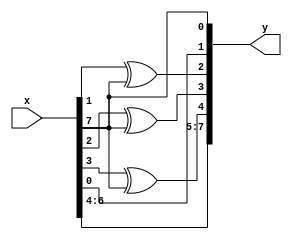
//matlabGF(2^8)^15...^0
//
//
//
//

// a0=2
module rsdec_syn_m0 (y, x);
	input  [7:0] x;
	output [7:0] y;
	reg    [7:0] y;
	always @ (x)
	begin
	   y[0] = x[7];
	   y[1] = x[0];
	   y[2] = x[1] ^ x[7];
	   y[3] = x[2] ^ x[7];
	   y[4] = x[3] ^ x[7];
	   y[5] = x[4];
	   y[6] = x[5];
	   y[7] = x[6];
	end
endmodule

// a1 = 4
module rsdec_syn_m1 (y, x);
	input  [7:0] x;
	output [7:0] y;
	reg    [7:0] y;
	always @ (x)
	begin
	   y[0] = x[6];
	   y[1] = x[7];
	   y[2] = x[0] ^ x[6];
	   y[3] = x[1] ^ x[6] ^ x[7];
	   y[4] = x[2] ^ x[6] ^ x[7];
	   y[5] = x[3] ^ x[7];
	   y[6] = x[4];
	   y[7] = x[5];
	end
endmodule

// a2 = 8
module rsdec_syn_m2 (y, x);
	input  [7:0] x;
	output [7:0] y;
	reg    [7:0] y;
	always @ (x)
	begin
	   y[0] = x[5];
	   y[1] = x[6];
	   y[2] = x[5] ^ x[7];
	   y[3] = x[0] ^ x[5] ^ x[6];
	   y[4] = x[1] ^ x[5] ^ x[6] ^ x[7];
	   y[5] = x[2] ^ x[6] ^ x[7];
	   y[6] = x[3] ^ x[7];
	   y[7] = x[4];
	end
endmodule

// a3 = 16 
module rsdec_syn_m3 (y, x);
	input  [7:0] x;
	output [7:0] y;
	reg    [7:0] y;
	always @ (x)
	begin
	   y[0] = x[4];
	   y[1] = x[5];
	   y[2] = x[4] ^ x[6];
	   y[3] = x[4] ^ x[5] ^ x[7];
	   y[4] = x[0] ^ x[4] ^ x[5] ^ x[6];
	   y[5] = x[1] ^ x[5] ^ x[6] ^ x[7];
	   y[6] = x[2] ^ x[6] ^ x[7];
	   y[7] = x[3] ^ x[7];
	end
endmodule

// a4 = 32
module rsdec_syn_m4 (y, x);
	input  [7:0] x;
	output [7:0] y;
	reg    [7:0] y;
	always @ (x)
	begin
	   y[0] = x[3] ^ x[7];
	   y[1] = x[4];
	   y[2] = x[3] ^ x[5] ^ x[7];
	   y[3] = x[3] ^ x[4] ^ x[6] ^ x[7];
	   y[4] = x[3] ^ x[4] ^ x[5];
	   y[5] = x[0] ^ x[4] ^ x[5] ^ x[6];
	   y[6] = x[1] ^ x[5] ^ x[6] ^ x[7];
	   y[7] = x[2] ^ x[6] ^ x[7];
	end
endmodule

// a5 = 64
module rsdec_syn_m5 (y, x);
	input  [7:0] x;
	output [7:0] y;
	reg    [7:0] y;
	always @ (x)
	begin
	   y[0] = x[2] ^ x[6] ^ x[7];
	   y[1] = x[3] ^ x[7];
	   y[2] = x[2] ^ x[4] ^ x[6] ^ x[7];
	   y[3] = x[2] ^ x[3] ^ x[5] ^ x[6];
	   y[4] = x[2] ^ x[3] ^ x[4];
	   y[5] = x[3] ^ x[4] ^ x[5];
	   y[6] = x[0] ^ x[4] ^ x[5] ^ x[6];
	   y[7] = x[1] ^ x[5] ^ x[6] ^ x[7];
	end
endmodule

// a6 = 128
module rsdec_syn_m6 (y, x);
	input  [7:0] x;
	output [7:0] y;
	reg    [7:0] y;
	always @ (x)
	begin
	   y[0] = x[1] ^ x[5] ^ x[6] ^ x[7];
	   y[1] = x[2] ^ x[6] ^ x[7];
	   y[2] = x[1] ^ x[3] ^ x[5] ^ x[6];
	   y[3] = x[1] ^ x[2] ^ x[4] ^ x[5];
	   y[4] = x[1] ^ x[2] ^ x[3] ^ x[7];
	   y[5] = x[2] ^ x[3] ^ x[4];
	   y[6] = x[3] ^ x[4] ^ x[5];
	   y[7] = x[0] ^ x[4] ^ x[5] ^ x[6];
	end
endmodule

// a7 = 29
module rsdec_syn_m7 (y, x);
	input  [7:0] x;
	output [7:0] y;
	reg    [7:0] y;
	always @ (x)
	begin
	   y[0] = x[0] ^ x[4] ^ x[5] ^ x[6];
	   y[1] = x[1] ^ x[5] ^ x[6] ^ x[7];
	   y[2] = x[0] ^ x[2] ^ x[4] ^ x[5] ^ x[7];
	   y[3] = x[0] ^ x[1] ^ x[3] ^ x[4];
	   y[4] = x[0] ^ x[1] ^ x[2] ^ x[6];
	   y[5] = x[1] ^ x[2] ^ x[3] ^ x[7];
	   y[6] = x[2] ^ x[3] ^ x[4];
	   y[7] = x[3] ^ x[4] ^ x[5];
	end
endmodule

// a8 = 58 
module rsdec_syn_m8 (y, x);
	input  [7:0] x;
	output [7:0] y;
	reg    [7:0] y;
	always @ (x)
	begin
	   y[0] = x[3] ^ x[4] ^ x[5];
	   y[1] = x[0] ^ x[4] ^ x[5] ^ x[6];
	   y[2] = x[1] ^ x[3] ^ x[4] ^ x[6] ^ x[7];
	   y[3] = x[0] ^ x[2] ^ x[3] ^ x[7];
	   y[4] = x[0] ^ x[1] ^ x[5];
	   y[5] = x[0] ^ x[1] ^ x[2] ^ x[6];
	   y[6] = x[1] ^ x[2] ^ x[3] ^ x[7];
	   y[7] = x[2] ^ x[3] ^ x[4];
	end
endmodule

// a9 = 
module rsdec_syn_m9 (y, x);
	input  [7:0] x;
	output [7:0] y;
	reg    [7:0] y;
	always @ (x)
	begin
	   y[0] = x[2] ^ x[3] ^ x[4];
	   y[1] = x[3] ^ x[4] ^ x[5];
	   y[2] = x[0] ^ x[2] ^ x[3] ^ x[5] ^ x[6];
	   y[3] = x[1] ^ x[2] ^ x[6] ^ x[7];
	   y[4] = x[0] ^ x[4] ^ x[7];
	   y[5] = x[0] ^ x[1] ^ x[5];
	   y[6] = x[0] ^ x[1] ^ x[2] ^ x[6];
	   y[7] = x[1] ^ x[2] ^ x[3] ^ x[7];
	end
endmodule

// a10 = 232
module rsdec_syn_m10 (y, x);
	input  [7:0] x;
	output [7:0] y;
	reg    [7:0] y;
	always @ (x)
	begin
	   y[0] = x[1] ^ x[2] ^ x[3] ^ x[7];
	   y[1] = x[2] ^ x[3] ^ x[4];
	   y[2] = x[1] ^ x[2] ^ x[4] ^ x[5] ^ x[7];
	   y[3] = x[0] ^ x[1] ^ x[5] ^ x[6] ^ x[7];
	   y[4] = x[3] ^ x[6];
	   y[5] = x[0] ^ x[4] ^ x[7];
	   y[6] = x[0] ^ x[1] ^ x[5];
	   y[7] = x[0] ^ x[1] ^ x[2] ^ x[6];
	end
endmodule

// a11 = 54
module rsdec_syn_m11 (y, x);
	input  [7:0] x;
	output [7:0] y;
	reg    [7:0] y;
	always @ (x)
	begin
	   y[0] = x[0] ^ x[1] ^ x[2] ^ x[6];
	   y[1] = x[1] ^ x[2] ^ x[3] ^ x[7];
	   y[2] = x[0] ^ x[1] ^ x[3] ^ x[4] ^ x[6];
	   y[3] = x[0] ^ x[4] ^ x[5] ^ x[6] ^ x[7];
	   y[4] = x[2] ^ x[5] ^ x[7];
	   y[5] = x[3] ^ x[6];
	   y[6] = x[0] ^ x[4] ^ x[7];
	   y[7] = x[0] ^ x[1] ^ x[5];
	end
endmodule

// a12 = 135
module rsdec_syn_m12 (y, x);
	input  [7:0] x;
	output [7:0] y;
	reg    [7:0] y;
	always @ (x)
	begin
	   y[0] = x[0] ^ x[1] ^ x[5];
	   y[1] = x[0] ^ x[1] ^ x[2] ^ x[6];
	   y[2] = x[0] ^ x[2] ^ x[3] ^ x[5] ^ x[7];
	   y[3] = x[3] ^ x[4] ^ x[5] ^ x[6];
	   y[4] = x[1] ^ x[4] ^ x[6] ^ x[7];
	   y[5] = x[2] ^ x[5] ^ x[7];
	   y[6] = x[3] ^ x[6];
	   y[7] = x[0] ^ x[4] ^ x[7];
	end
endmodule

// a13 = 19
module rsdec_syn_m13 (y, x);
	input  [7:0] x;
	output [7:0] y;
	reg    [7:0] y;
	always @ (x)
	begin
	   y[0] = x[0] ^ x[4] ^ x[7];
	   y[1] = x[0] ^ x[1] ^ x[5];
	   y[2] = x[1] ^ x[2] ^ x[4] ^ x[6] ^ x[7];
	   y[3] = x[2] ^ x[3] ^ x[4] ^ x[5];
	   y[4] = x[0] ^ x[3] ^ x[5] ^ x[6] ^ x[7];
	   y[5] = x[1] ^ x[4] ^ x[6] ^ x[7];
	   y[6] = x[2] ^ x[5] ^ x[7];
	   y[7] = x[3] ^ x[6];
	end
endmodule

// a14 = 38 
module rsdec_syn_m14 (y, x);
	input  [7:0] x;
	output [7:0] y;
	reg    [7:0] y;
	always @ (x)
	begin
	   y[0] = x[3] ^ x[6];
	   y[1] = x[0] ^ x[4] ^ x[7];
	   y[2] = x[0] ^ x[1] ^ x[3] ^ x[5] ^ x[6];
	   y[3] = x[1] ^ x[2] ^ x[3] ^ x[4] ^ x[7];
	   y[4] = x[2] ^ x[4] ^ x[5] ^ x[6];
	   y[5] = x[0] ^ x[3] ^ x[5] ^ x[6] ^ x[7];
	   y[6] = x[1] ^ x[4] ^ x[6] ^ x[7];
	   y[7] = x[2] ^ x[5] ^ x[7];
	end
endmodule

// a15 = 76
module rsdec_syn_m15 (y, x);
	input  [7:0] x;
	output [7:0] y;
	reg    [7:0] y;
	always @ (x)
	begin
	   y[0] = x[2] ^ x[5] ^ x[7];
	   y[1] = x[3] ^ x[6];
	   y[2] = x[0] ^ x[2] ^ x[4] ^ x[5];
	   y[3] = x[0] ^ x[1] ^ x[2] ^ x[3] ^ x[6] ^ x[7];
	   y[4] = x[1] ^ x[3] ^ x[4] ^ x[5];
	   y[5] = x[2] ^ x[4] ^ x[5] ^ x[6];
	   y[6] = x[0] ^ x[3] ^ x[5] ^ x[6] ^ x[7];
	   y[7] = x[1] ^ x[4] ^ x[6] ^ x[7];	
	   end
endmodule





module rsdec_syn(y0, y1, y2,  y3,  y4,  y5,  y6,  y7, 
				 y8, y9, y10, y11, y12, y13, y14, y15, 
				 u,  enable,  shift,   init, clk, clrn);
output [7:0] y0;
output [7:0] y1;
output [7:0] y2;
output [7:0] y3;
output [7:0] y4;
output [7:0] y5;
output [7:0] y6;
output [7:0] y7;
output [7:0] y8;
output [7:0] y9;
output [7:0] y10;
output [7:0] y11;
output [7:0] y12;
output [7:0] y13;
output [7:0] y14;
output [7:0] y15;
input  [7:0] u;
input clk, clrn, shift, init, enable;


reg [7:0] y0;
reg [7:0] y1;
reg [7:0] y2;
reg [7:0] y3;
reg [7:0] y4;
reg [7:0] y5;
reg [7:0] y6;
reg [7:0] y7;
reg [7:0] y8;
reg [7:0] y9;
reg [7:0] y10;
reg [7:0] y11;
reg [7:0] y12;
reg [7:0] y13;
reg [7:0] y14;
reg [7:0] y15;

//
wire [7:0] scale0;
wire [7:0] scale1;
wire [7:0] scale2;
wire [7:0] scale3;
wire [7:0] scale4;
wire [7:0] scale5;
wire [7:0] scale6;
wire [7:0] scale7;
wire [7:0] scale8;
wire [7:0] scale9;
wire [7:0] scale10;
wire [7:0] scale11;
wire [7:0] scale12;
wire [7:0] scale13;
wire [7:0] scale14;
wire [7:0] scale15;

rsdec_syn_m0 m0 (scale0, y0);
rsdec_syn_m1 m1 (scale1, y1);
rsdec_syn_m2 m2 (scale2, y2);
rsdec_syn_m3 m3 (scale3, y3);
rsdec_syn_m4 m4 (scale4, y4);
rsdec_syn_m5 m5 (scale5, y5);
rsdec_syn_m6 m6 (scale6, y6);
rsdec_syn_m7 m7 (scale7, y7);
rsdec_syn_m8 m8 (scale8, y8);
rsdec_syn_m9 m9 (scale9, y9);
rsdec_syn_m10 m10 (scale10, y10);
rsdec_syn_m11 m11 (scale11, y11);
rsdec_syn_m12 m12 (scale12, y12);
rsdec_syn_m13 m13 (scale13, y13);
rsdec_syn_m14 m14 (scale14, y14);
rsdec_syn_m15 m15 (scale15, y15);

	// main code here...
always @ (posedge clk or negedge clrn)
begin
	if (~clrn)
	begin
		y0 <= 0;
		y1 <= 0;
		y2 <= 0;
		y3 <= 0;
		y4 <= 0;
		y5 <= 0;
		y6 <= 0;
		y7 <= 0;
		y8 <= 0;
		y9 <= 0;
		y10 <= 0;
		y11 <= 0;
		y12 <= 0;
		y13 <= 0;
		y14 <= 0;
		y15 <= 0;
	end
	else if (init)
	begin
		y0 <= u;
		y1 <= u;
		y2 <= u;
		y3 <= u;
		y4 <= u;
		y5 <= u;
		y6 <= u;
		y7 <= u;
		y8 <= u;
		y9 <= u;
		y10 <= u;
		y11 <= u;
		y12 <= u;
		y13 <= u;
		y14 <= u;
		y15 <= u;
	end
	else if (enable)
	begin
		y0 <= scale0 ^ u;
		y1 <= scale1 ^ u;
		y2 <= scale2 ^ u;
		y3 <= scale3 ^ u;
		y4 <= scale4 ^ u;
		y5 <= scale5 ^ u;
		y6 <= scale6 ^ u;
		y7 <= scale7 ^ u;
		y8 <= scale8 ^ u;
		y9 <= scale9 ^ u;
		y10 <= scale10 ^ u;
		y11 <= scale11 ^ u;
		y12 <= scale12 ^ u;
		y13 <= scale13 ^ u;
		y14 <= scale14 ^ u;
		y15 <= scale15 ^ u;
	end
	//
	else if (shift)
	begin
		y0 <= y1;
		y1 <= y2;
		y2 <= y3;
		y3 <= y4;
		y4 <= y5;
		y5 <= y6;
		y6 <= y7;
		y7 <= y8;
		y8 <= y9;
		y9 <= y10;
		y10 <= y11;
		y11 <= y12;
		y12 <= y13;
		y13 <= y14;
		y14 <= y15;
		y15 <= y0;
		
	end
end



endmodule